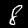
Label: 8